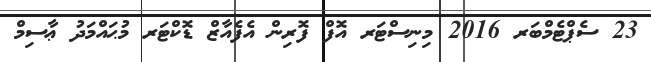
23 ސެޕްޓެމްބަރ 2016 މިނިސްޓަރ އޮފް ފޮރިން އެފެއާޒް ޑޮކްޓަރ މުޙައްމަދު ޢާސިމް